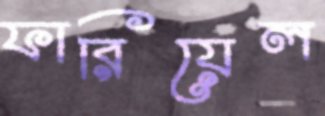
ফারিয়েল